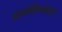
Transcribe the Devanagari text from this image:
मानसिकतेतही